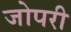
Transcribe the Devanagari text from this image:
जोपरी